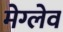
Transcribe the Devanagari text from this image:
मेग्लेव